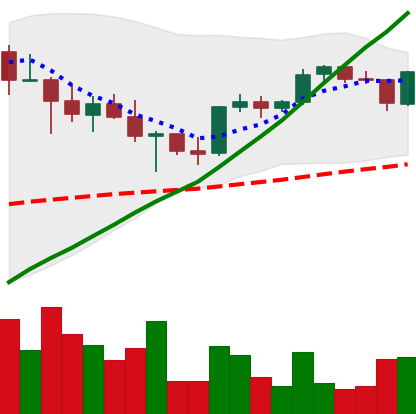
Ticker: XRP-USD
Chart end date: 2021-05-05
Forward return: -13.967%
Label: down_7plus